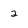
Character: 2